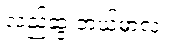
လည်ဆွဲ ဘယ်မှာလဲ။